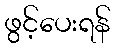
ဖွင့်ပေးရန်